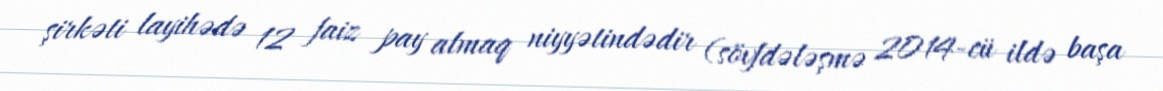
şirkəti layihədə 12 faiz pay almaq niyyətindədir (sövfdələşmə 2014-cü ildə başa